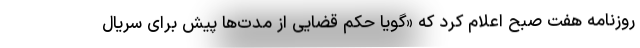
روزنامه هفت صبح اعلام کرد که «گویا حکم قضایی از مدت‌ها پیش برای سریال